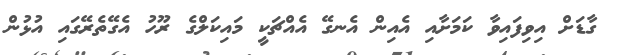
ގާޑަށް އިވިފައިވާ ކަމަށާއި އެއިން އެނގޭ އެއްޗަކީ މައިކަލްގެ ރޫހު އެގޭތެރޭގައި އުޅުން